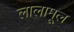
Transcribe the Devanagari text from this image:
लालामूल